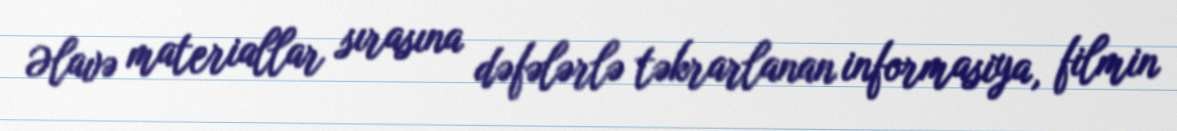
Əlavə materiallar sırasına dəfələrlə təkrarlanan informasiya, filmin